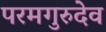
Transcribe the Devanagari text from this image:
परमगुरुदेव